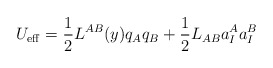
\begin{align*}U_{\rm eff} = \frac{1}{2} L^{AB}(y) q_A q_B + \frac{1}{2} L_{AB} a_I^A a_I^B\end{align*}